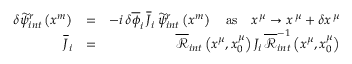
\begin{array} { r l r } { \delta \widetilde { \psi } _ { i n t } ^ { r } \left( x ^ { m } \right) } & { = } & { - i \, \delta \overline { { \phi } } _ { i } \, \overline { { J } } _ { i } \, \widetilde { \psi } _ { i n t } ^ { r } \left( x ^ { m } \right) \quad \mathrm { a s } \quad x ^ { \, \mu } \rightarrow x ^ { \, \mu } + \delta x ^ { \, \mu } } \\ { \overline { { J } } _ { i } } & { = } & { \overline { { \mathcal { R } } } _ { i n t } \left( x ^ { \mu } , x _ { 0 } ^ { \mu } \right) J _ { i } \, \overline { { \mathcal { R } } } _ { i n t } ^ { - 1 } \left( x ^ { \mu } , x _ { 0 } ^ { \mu } \right) } \end{array}